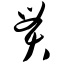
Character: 贯